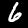
Label: 6